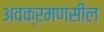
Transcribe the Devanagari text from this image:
अवक्रमणसील